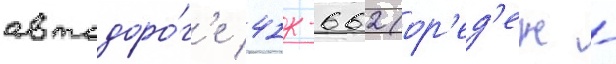
автодоро́г'е 41к-662 (ор'ед'еж -